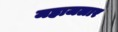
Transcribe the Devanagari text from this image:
महाजलार